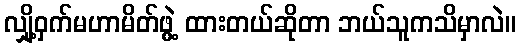
လျှို့ဝှက်မဟာမိတ်ဖွဲ့ ထားတယ်ဆိုတာ ဘယ်သူကသိမှာလဲ။